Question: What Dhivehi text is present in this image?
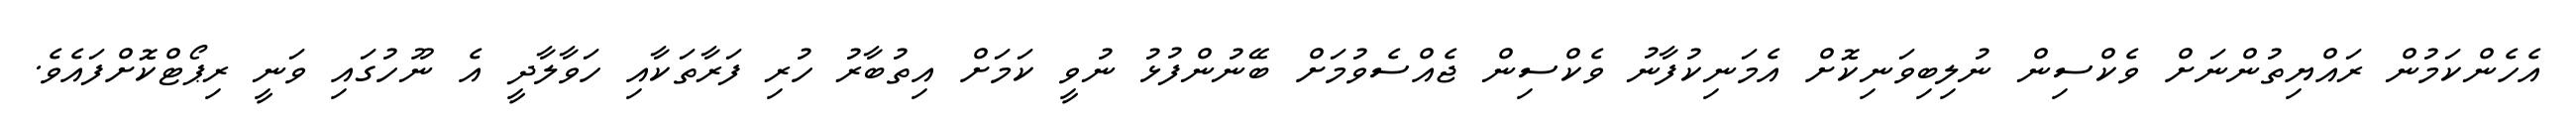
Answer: އެހެންކަމުން ރައްޔިތުންނަށް ވެކްސިން ނުލިބިވަނިކޮށް އެމަނިކުފާނު ވެކްސިން ޖެއްސެވުމަށް ބޭނުންފުޅު ނުވީ ކަމަށް އިތުބާރު ހުރި ފަރާތަކާއި ހަވާލާދީ އެ ނޫހުގައި ވަނީ ރިޕޯޓްކޮށްފައެވެ.